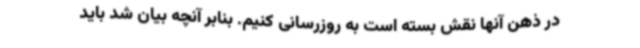
در ذهن آنها نقش بسته است به روزرسانی کنیم. بنابر آنچه بیان شد باید